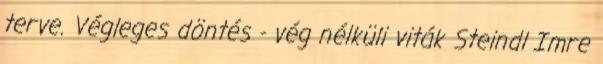
terve. Végleges döntés - vég nélküli viták Steindl Imre